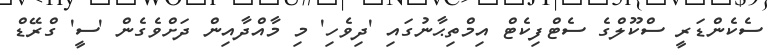
ސެކެންޑަރީ ސްކޫލްގެ ސެޓްފިކެޓް އިމްތިޙާނުގައި 'ދިވެހި' މި މާއްދާއިން ދަށްވެގެން 'ސީ' ގްރޭޑް